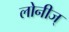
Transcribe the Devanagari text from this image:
लोनीज्